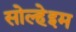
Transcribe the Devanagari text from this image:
सोल्हेइम